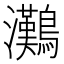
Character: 𤅩